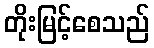
တိုးမြင့်စေသည်